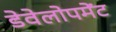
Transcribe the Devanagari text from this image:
डेवेलोपमेंट